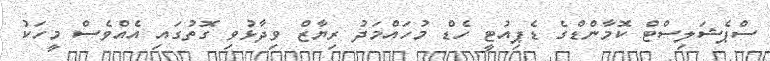
ސްޕެޝަލިސްޓް ކޮމާންޑްގެ ޑެޕިއުޓީ ހެޑް މުހައްމަދު ރިޔާޒް ވިދާޅުވި ގޮތުގައި އެއްވެސް މީހަކު